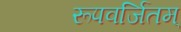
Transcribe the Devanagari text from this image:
रूपवर्जितम्